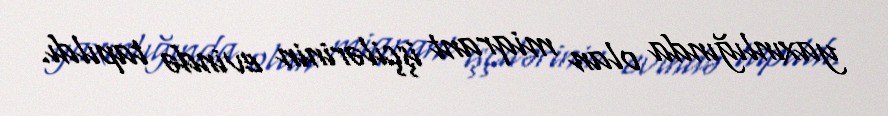
yaxınlığında olan miqrant işçilərinin evində tapıldı.